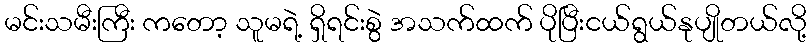
မင်းသမီးကြီး ကတော့ သူမရဲ့ ရှိရင်းစွဲ အသက်ထက် ပိုပြီးငယ်ရွယ်နုပျိုတယ်လို့